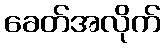
ခေတ်အလိုက်